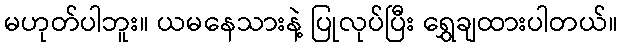
မဟုတ်ပါဘူး။ ယမနေသားနဲ့ ပြုလုပ်ပြီး ရွှေချထားပါတယ်။